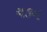
ચકન